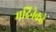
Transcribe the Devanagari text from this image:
मदिनेकडे